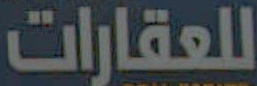
للعقارات